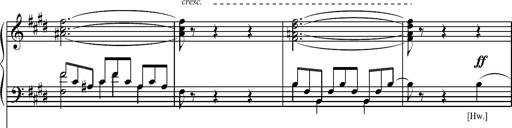
Title: Pilgerchor aus TannhÃ¤user
Composer: Franz Liszt